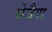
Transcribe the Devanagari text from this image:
सेजैया